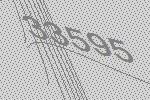
33595